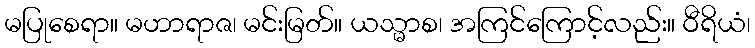
မပြုစေရာ။ မဟာရာဇ၊ မင်းမြတ်။ ယသ္မာစ၊ အကြင်ကြောင့်လည်း။ ဝီရိယံ၊